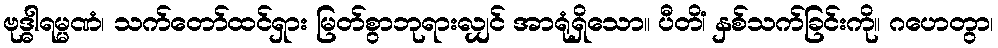
ဗုဒ္ဓါရမ္မဏံ၊ သက်တော်ထင်ရှား မြတ်စွာဘုရားလျှင် အာရုံရှိသော။ ပီတိံ၊ နှစ်သက်ခြင်းကို။ ဂဟေတွာ၊